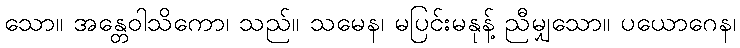
သော။ အန္တေဝါသိကော၊ သည်။ သမေန၊ မပြင်းမနုန့် ညီမျှသော။ ပယောဂေန၊